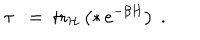
\tau \ : = \ \mathrm { t r } _ { { \mathcal H } } \left( * \, e ^ { - \beta H } \right) \ .